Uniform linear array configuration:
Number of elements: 24
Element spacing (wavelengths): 0.75
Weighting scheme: binomial
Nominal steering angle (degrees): -60
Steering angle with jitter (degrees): -61.958
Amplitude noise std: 0.05
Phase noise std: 0.05

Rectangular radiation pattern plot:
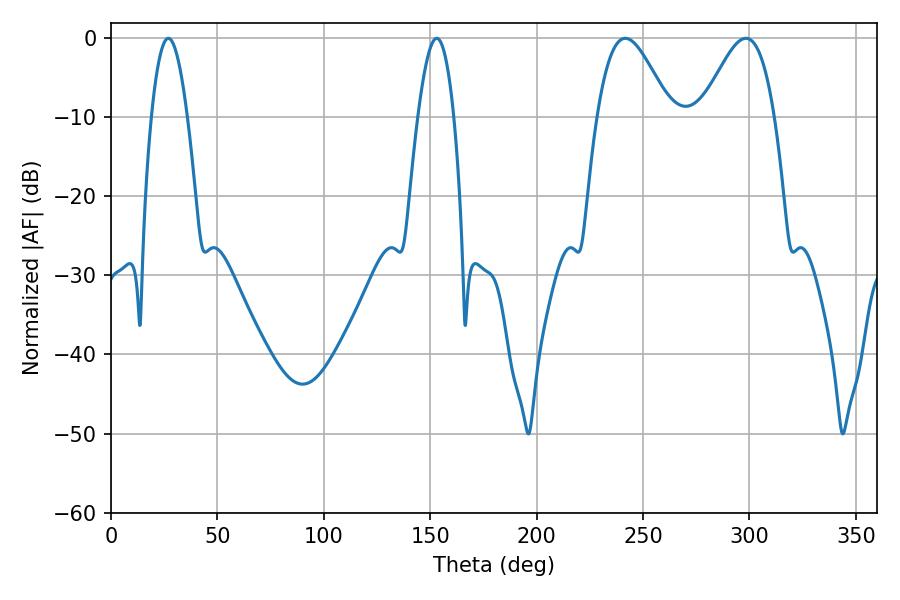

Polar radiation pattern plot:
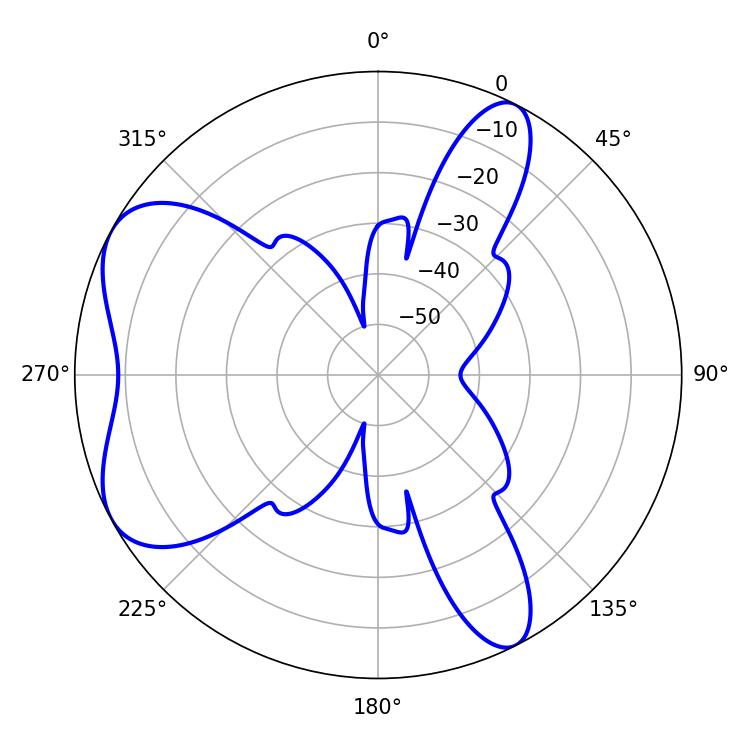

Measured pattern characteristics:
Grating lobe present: TRUE
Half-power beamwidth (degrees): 18.36
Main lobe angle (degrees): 241.74